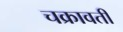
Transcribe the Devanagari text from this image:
चक्रावती